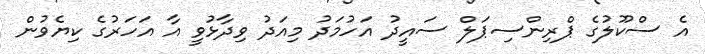
އެ ސްކޫލުގެ ޕްރިންސިޕަލް ސައީދު އަހުމަދު މިއަދު ވިދާޅުވީ އާ އަހަރުގެ ކިޔެވުން